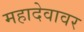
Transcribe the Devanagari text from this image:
महादेवावर